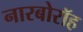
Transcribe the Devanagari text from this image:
नारबोरॉह